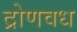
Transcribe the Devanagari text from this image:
द्रोणवध